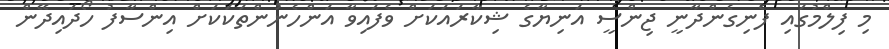
މި ފިލްމުގައި ފެނިގެންދާނީ ޖިންސީ އަނިޔާގެ ޝިކާރައަކަށް ވެފައިވާ އަންހެނުންތަކަކަށް އިންސާފު ހޯދައިދޭން